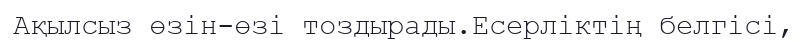
Ақылсыз өзін-өзі тоздырады.Есерліктің белгісі,